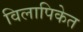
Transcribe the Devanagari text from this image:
विलापिकेत